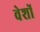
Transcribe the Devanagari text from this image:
वेशों